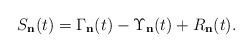
\begin{align*}S_{\mathbf{n}}(t)=\Gamma_{\mathbf{n}}(t)-\Upsilon_{\mathbf{n}}(t)+R_{\mathbf{n}}(t).\end{align*}